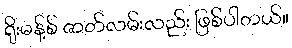
ရိုးမန့်စ် ဇာတ်လမ်းလည်း ဖြစ်ပါတယ်။